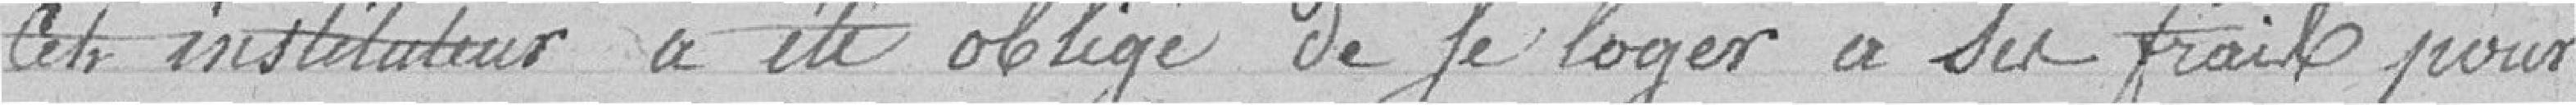
cet instituteur a été obligé de se loger à ses frais pour